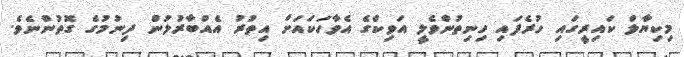
މިކިޔާލް ކައިރީގައި ހުރެފައި ހިނިތުންވެލީ އަވިކްގެ އެވާހަކައަށް އިތުރު އެއްބާރުލުން ދިނުމުގެ ގޮތުންނެވެ.